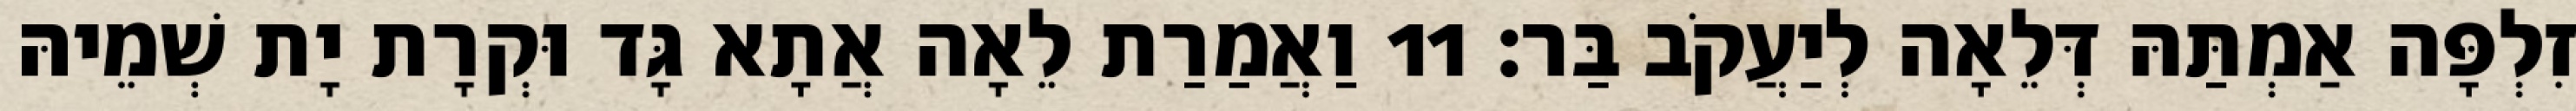
זִלְפָּה אַמְתַּהּ דְּלֵאָה לְיַעֲקֹב בַּר׃ 11 וַאֲמַרַת לֵאָה אֲתָא גָּד וּקְרָת יָת שְׁמֵיהּ